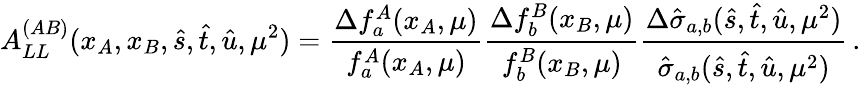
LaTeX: A_{LL}^{(AB)}(x_{A},x_{B},\hat{s},\hat{t},\hat{u},\mu^{2})=\frac{\Delta f_{a}^{A}(x_{A},\mu)}{f_{a}^{A}(x_{A},\mu)}\frac{\Delta f_{b}^{B}(x_{B},\mu)}{f_{b}^{B}(x_{B},\mu)}\frac{\Delta\hat{\sigma}_{a,b}(\hat{s},\hat{t},\hat{u},\mu^{2})}{\hat{\sigma}_{a,b}(\hat{s},\hat{t},\hat{u},\mu^{2})}\, .